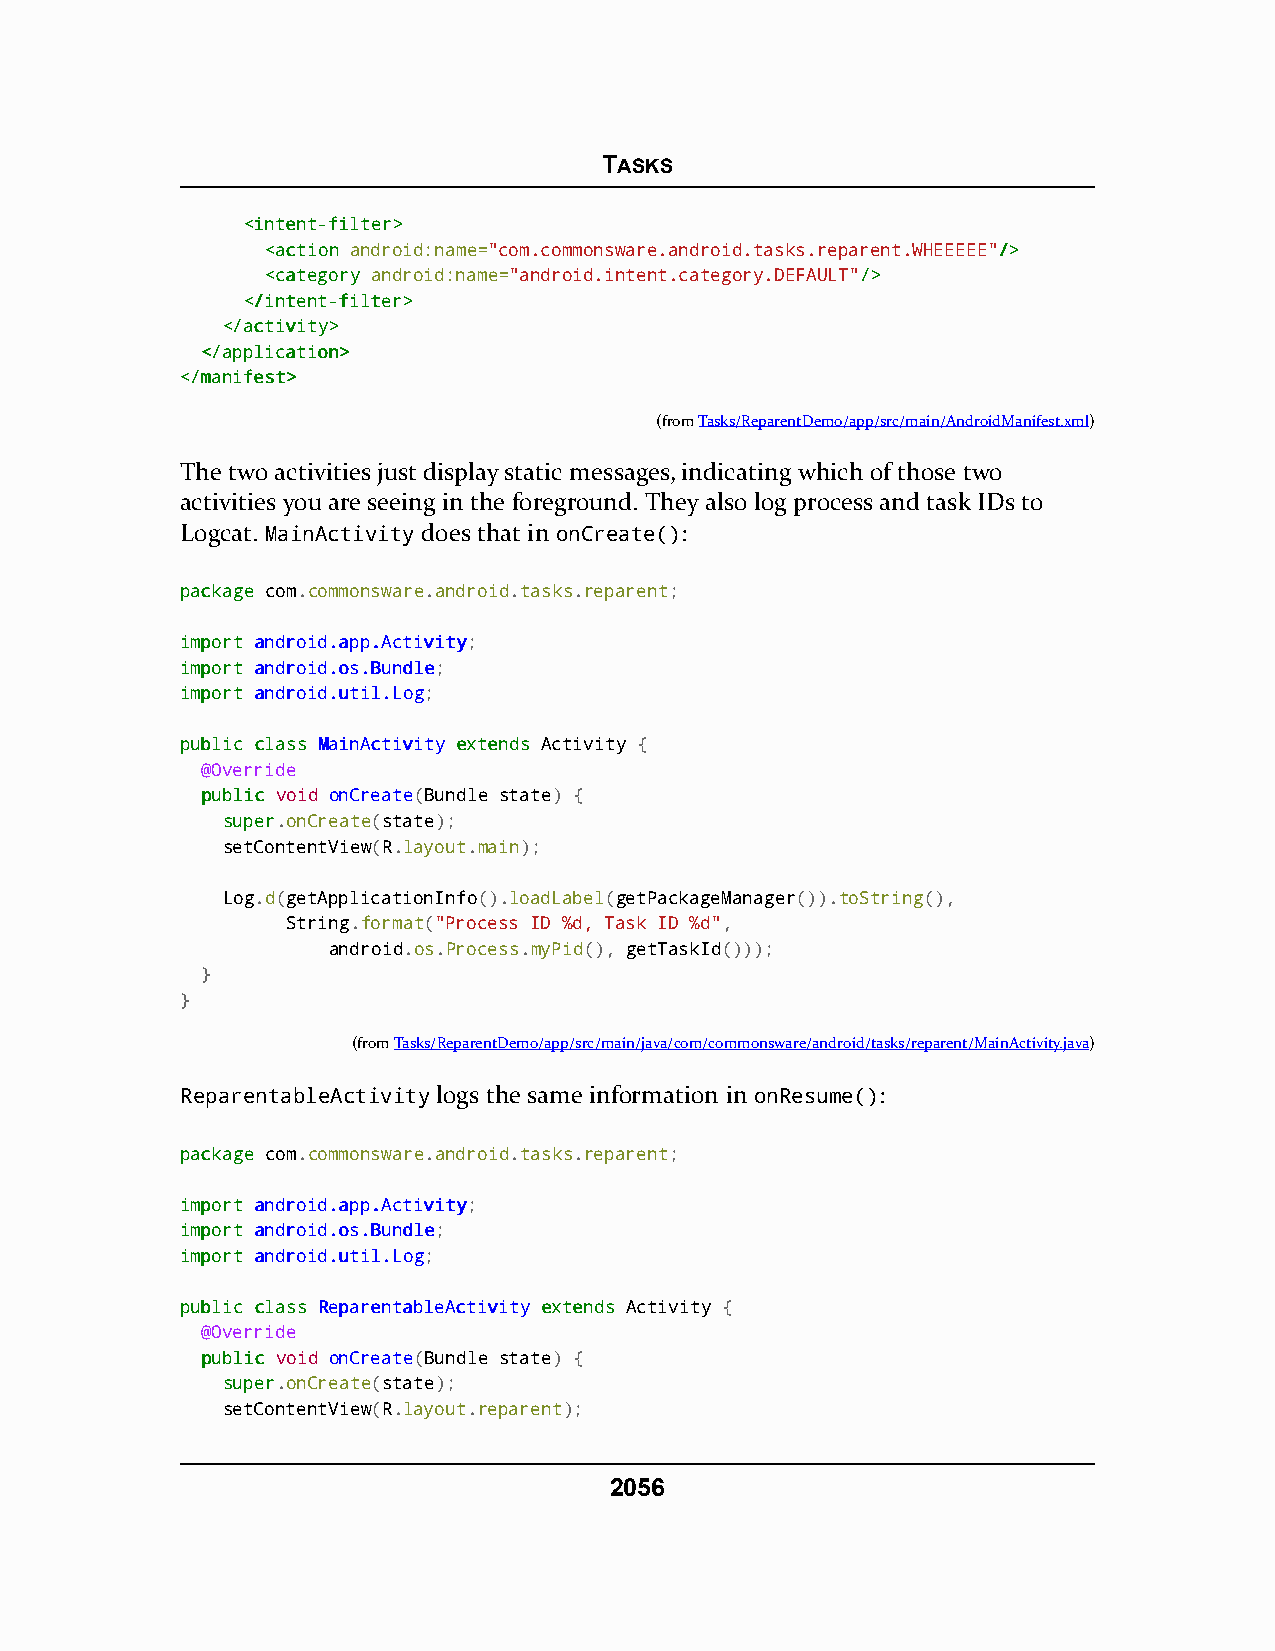
TASKS
 <<iinntteenntt--ffiilltteerr>>
 <<aaccttiioonn android:name="com.commonsware.android.tasks.reparent.WHEEEEE"//>>
 <<ccaatteeggoorryy android:name="android.intent.category.DEFAULT"//>>
 <<//iinntteenntt--ffiilltteerr>>
 <<//aaccttiivviittyy>>
 <<//aapppplliiccaattiioonn>>
 <<//mmaanniiffeesstt>>
 (fromTasks/ReparentDemo/app/src/main/AndroidManifest.xml)
 The two activities just display static messages, indicating which of those two
 activities you are seeing in the foreground. They also log process and task IDs to
 Logcat. MainActivity does that in onCreate():
 ppaacckkaaggee com.commonsware.android.tasks.reparent;
 iimmppoorrtt aannddrrooiidd..aapppp..AAccttiivviittyy;
 iimmppoorrtt aannddrrooiidd..ooss..BBuunnddllee;
 iimmppoorrtt aannddrrooiidd..uuttiill..LLoogg;
 ppuubblliicc ccllaassss MMaaiinnAAccttiivviittyy eexxtteennddss Activity {
 @Override
 ppuubblliicc void onCreate(Bundle state) {
 ssuuppeerr.onCreate(state);
 setContentView(R.layout.main);
 Log.d(getApplicationInfo().loadLabel(getPackageManager()).toString(),
 String.format("Process ID %d, Task ID %d",
 android.os.Process.myPid(), getTaskId()));
 }
 }
 (fromTasks/ReparentDemo/app/src/main/java/com/commonsware/android/tasks/reparent/MainActivity.java)
 ReparentableActivity logs the same information in onResume():
 ppaacckkaaggee com.commonsware.android.tasks.reparent;
 iimmppoorrtt aannddrrooiidd..aapppp..AAccttiivviittyy;
 iimmppoorrtt aannddrrooiidd..ooss..BBuunnddllee;
 iimmppoorrtt aannddrrooiidd..uuttiill..LLoogg;
 ppuubblliicc ccllaassss RReeppaarreennttaabblleeAAccttiivviittyy eexxtteennddss Activity {
 @Override
 ppuubblliicc void onCreate(Bundle state) {
 ssuuppeerr.onCreate(state);
 setContentView(R.layout.reparent);
 2056